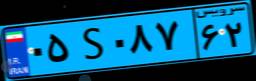
۰۵S۰۸۷۶۲